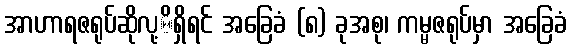
အာဟာရဇရုပ်ဆိုလု့ိရှိရင် အခြေခံ (၈) ခုအစု၊ ကမ္မဇရုပ်မှာ အခြေခံ